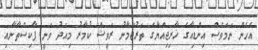
އެހެން ނަމަވެސް އިންޑިއާގެ ޚާރިޖިއްޔާގެ ތަރުޖަމާނު ރަވީޝް ކުމާރު މިއަދު ވަނީ ޕާކިސްތާނާއި